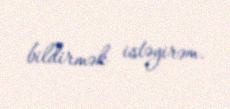
bildirmək istəyirəm.